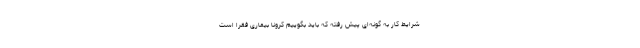
شرایط کار به گونه‌ای پیش رفته که باید بگوییم کرونا بیماری فقرا است